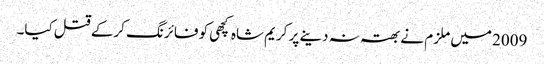
2009 میں ملزم نے بھتہ نہ دینے پر کریم شاہ کچھی کو فائرنگ کرکے قتل کیا۔